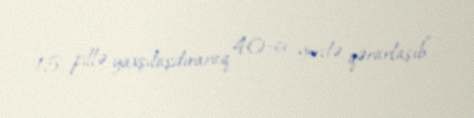
15 pillə yaxşılaşdıraraq 40-cı yerdə qərarlaşıb”.